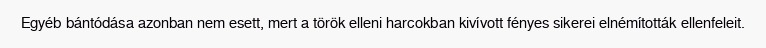
Egyéb bántódása azonban nem esett, mert a török elleni harcokban kivívott fényes sikerei elnémították ellenfeleit.